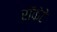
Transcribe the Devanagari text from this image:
रॉकेटे